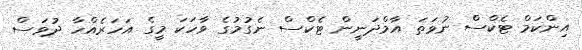
އިންކަމް ޓެކްސް ނުވަތަ އާމްދަނީން ޓެކްސް ނެގުމުގެ ވާހަކަ މީގެ އަހަރެއްހާ ދުވަސް